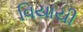
વિયાયી